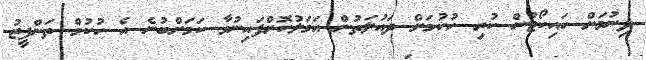
ދިނުމަށް ހައިކޯޓުން ކުރި ހުކުމަށް ދައުލަތުން އަމަލުކޮށްފައިނުވާ ކަމަށްބުނެ އެ ހުކުމް ތަންފީޒު